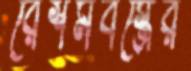
রেশমবস্ত্রের